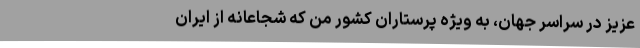
عزیز در سراسر جهان، به ویژه پرستاران کشور من که شجاعانه از ایران